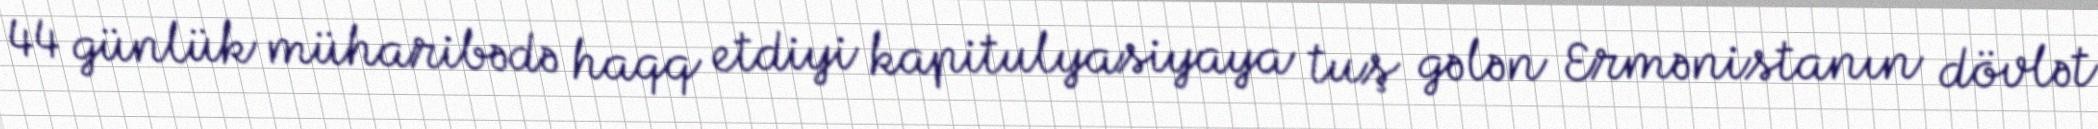
44 günlük müharibədə haqq etdiyi kapitulyasiyaya tuş gələn Ermənistanın dövlət